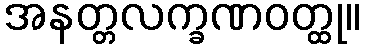
အနတ္တလက္ခဏဝတ္ထု။